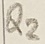
Text: Q2